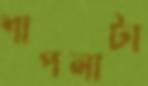
শাপলাটা